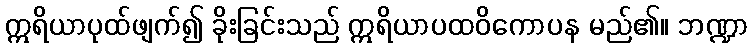
ဣရိယာပုထ်ဖျက်၍ ခိုးခြင်းသည် ဣရိယာပထဝိကောပန မည်၏။ ဘဏ္ဍာ